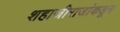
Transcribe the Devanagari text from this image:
शहाजीराजांकडून